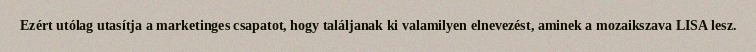
Ezért utólag utasítja a marketinges csapatot, hogy találjanak ki valamilyen elnevezést, aminek a mozaikszava LISA lesz.